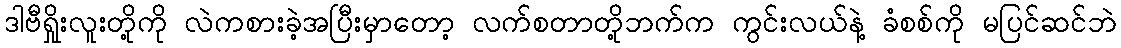
ဒါဗီရှိုးလူးတို့ကို လဲကစားခဲ့အပြီးမှာတော့ လက်စတာတို့ဘက်က ကွင်းလယ်နဲ့ ခံစစ်ကို မပြင်ဆင်ဘဲ